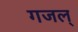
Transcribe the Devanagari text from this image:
गजल्